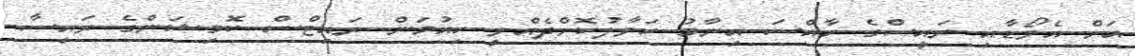
އަށް އެވޯޑާއި ރައީސްގެ ހާއްސަ އިނާމު ހަވާލުކޮށްދެއްވީ ހިއުމަން ރައިޓްސް ކޮމިޝަންގެ ރައީސާ